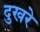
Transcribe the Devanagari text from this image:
दुखरे